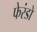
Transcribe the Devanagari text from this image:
फेरंडो